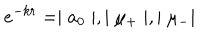
LaTeX: e ^ { - k r } = \mid a _ { 0 } \mid , \mid \mu _ { + } \mid , \mid \mu _ { - } \mid